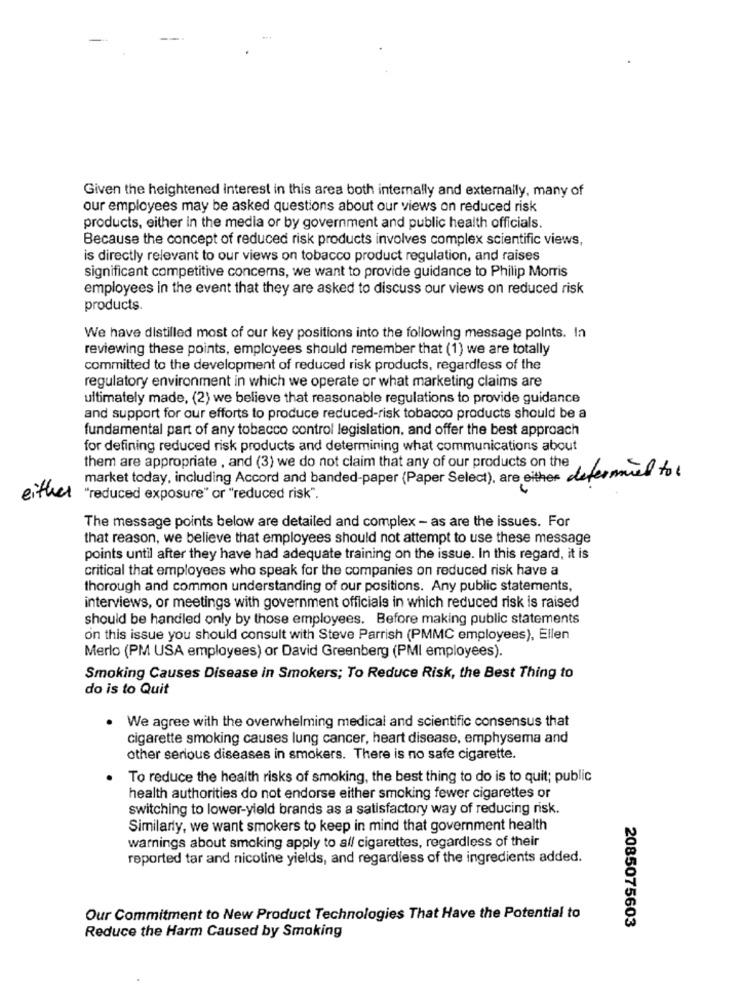
Given the heightened Interest in this area both internally and externally, many of
our employees may be asked questions about our views on reduced risk
products, either in the media or by government and public health officials.
Because the concept of reduced risk products involves complex scientific views,
is directly relevant to our views on tobacco product regulation, and raises
significant competitive concerns, we want to provide guidance to Philip Morris
employees in the event that they are asked to discuss our views on reduced risk
products.
We have distilled most of our key positions into the following message points. In
reviewing these points, employees should remember that (1) we are totally
committed to the development of reduced risk products, regardless of the
regulatory environment in which we operate or what marketing claims are
ultimately made, (2) we believe that reasonable regulations to provide guidance
and support for our efforts to produce reduced-risk tobacco products should be a
fundamental part of any tobacco control legislation, and offer the best approach
for defining reduced risk products and determining what communications about
them are appropriate , and (3) we do not claim that any of our products on the
market today, including Accord and banded-paper (Paper Select), are either determined to
either
"reduced exposure" or "reduced risk".
The message points below are detailed and complex - as are the issues. For
that reason, we believe that employees should not attempt to use these message
points until after they have had adequate training on the issue. In this regard, it is
critical that employees who speak for the companies on reduced risk have a
thorough and common understanding of our positions. Any public statements,
interviews, or meetings with government officials in which reduced risk is raised
should be handled only by those employees. Before making public statements
on this issue you should consult with Steve Parrish (PMMC employees), Ellen
Merlo (PM USA employees) or David Greenberg (PMI employees).
Smoking Causes Disease in Smokers; To Reduce Risk, the Best Thing to
do is to Quit
We agree with the overwhelming medical and scientific consensus that
cigarette smoking causes lung cancer, heart disease, emphysema and
other serious diseases in smokers. There is no safe cigarette.
To reduce the health risks of smoking, the best thing to do is to quit; public
health authorities do not endorse either smoking fewer cigarettes or
switching to lower-yield brands as a satisfactory way of reducing risk.
Similarly, we want smokers to keep in mind that government health
warnings about smoking apply to all cigarettes, regardless of their
reported tar and nicotine yields, and regardless of the ingredients added.
Our Commitment to New Product Technologies That Have the Potential to
2085075603
Reduce the Harm Caused by Smoking